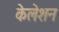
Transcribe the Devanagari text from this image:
केलेशन